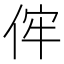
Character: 𠈭